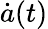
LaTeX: {\dot{a}}(t)